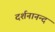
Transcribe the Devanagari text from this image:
दर्शनानन्‍द